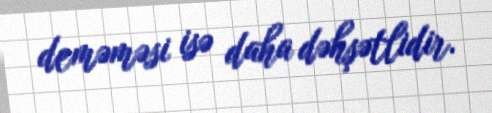
deməməsi isə daha dəhşətlidir.